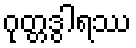
ဂုတ္တဒွါရဿ